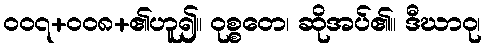
၀၀၇+၀၀၈+၏ဟူ၍။ ဝုစ္စတေ၊ ဆိုအပ်၏။ ဒီဃာဝု၊